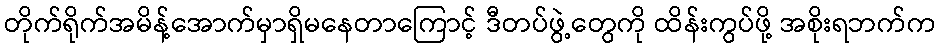
တိုက်ရိုက်အမိန့်အောက်မှာရှိမနေတာကြောင့် ဒီတပ်ဖွဲ့တွေကို ထိန်းကွပ်ဖို့ အစိုးရဘက်က